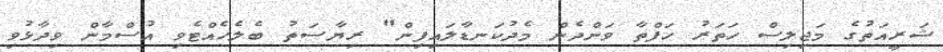
ޝަރީއަތުގެ މަޖިލިސް ހަތަރު ހަފްތާ ވަންދެން މެދުކަނޑާލައިފިން" ރިޔާސަތު ބެލެހެއްޓެވި އުސްމާން ވިދާޅުވި